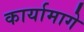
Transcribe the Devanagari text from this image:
कार्यामागे